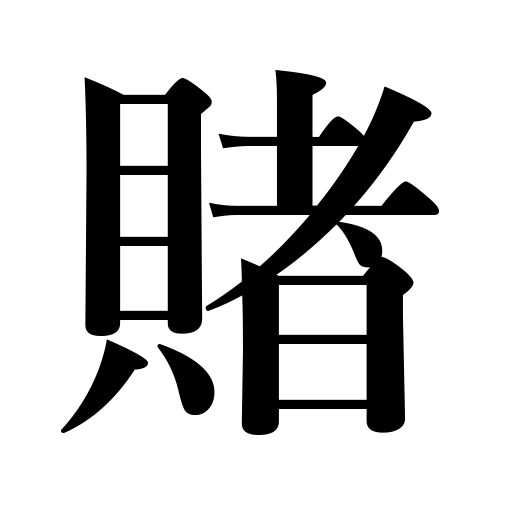
Meanings: wager,gambling,place a bet